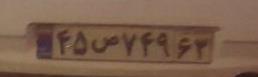
۴۵ص۷۴۹۶۳